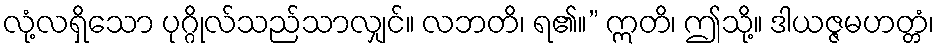
လုံ့လရှိသော ပုဂ္ဂိုလ်သည်သာလျှင်။ လဘတိ၊ ရ၏။” ဣတိ၊ ဤသို့။ ဒါယဇ္ဇမဟတ္တံ၊